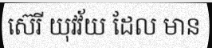
ស៊េរី យុវវ័យ ដែល មាន